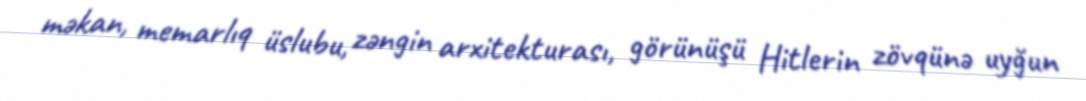
məkan, memarlıq üslubu, zəngin arxitekturası, görünüşü Hitlerin zövqünə uyğun